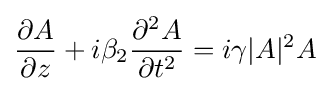
{\frac {\partial A}{\partial z}}+i\beta _{2}{\frac {\partial ^{2}A}{\partial t^{2}}}=i\gamma |A|^{2}A